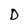
Character: D